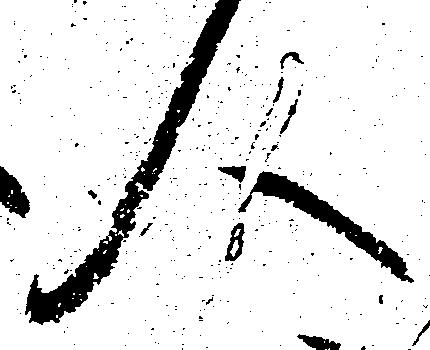
人